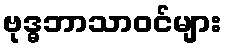
ဗုဒ္ဓဘာသာဝင်များ